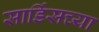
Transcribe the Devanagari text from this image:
सार्डिसच्या